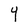
Character: Y